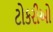
ટોકરીઓ